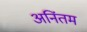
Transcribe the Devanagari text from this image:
अनिंतम